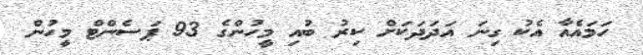
ހަަމައެއާ އެކު ގިނަ އަދަދަކަށް ކިރު ބުއި މީހުންގެ 93 ޕަސެންޓް މީހުން